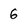
Character: 6